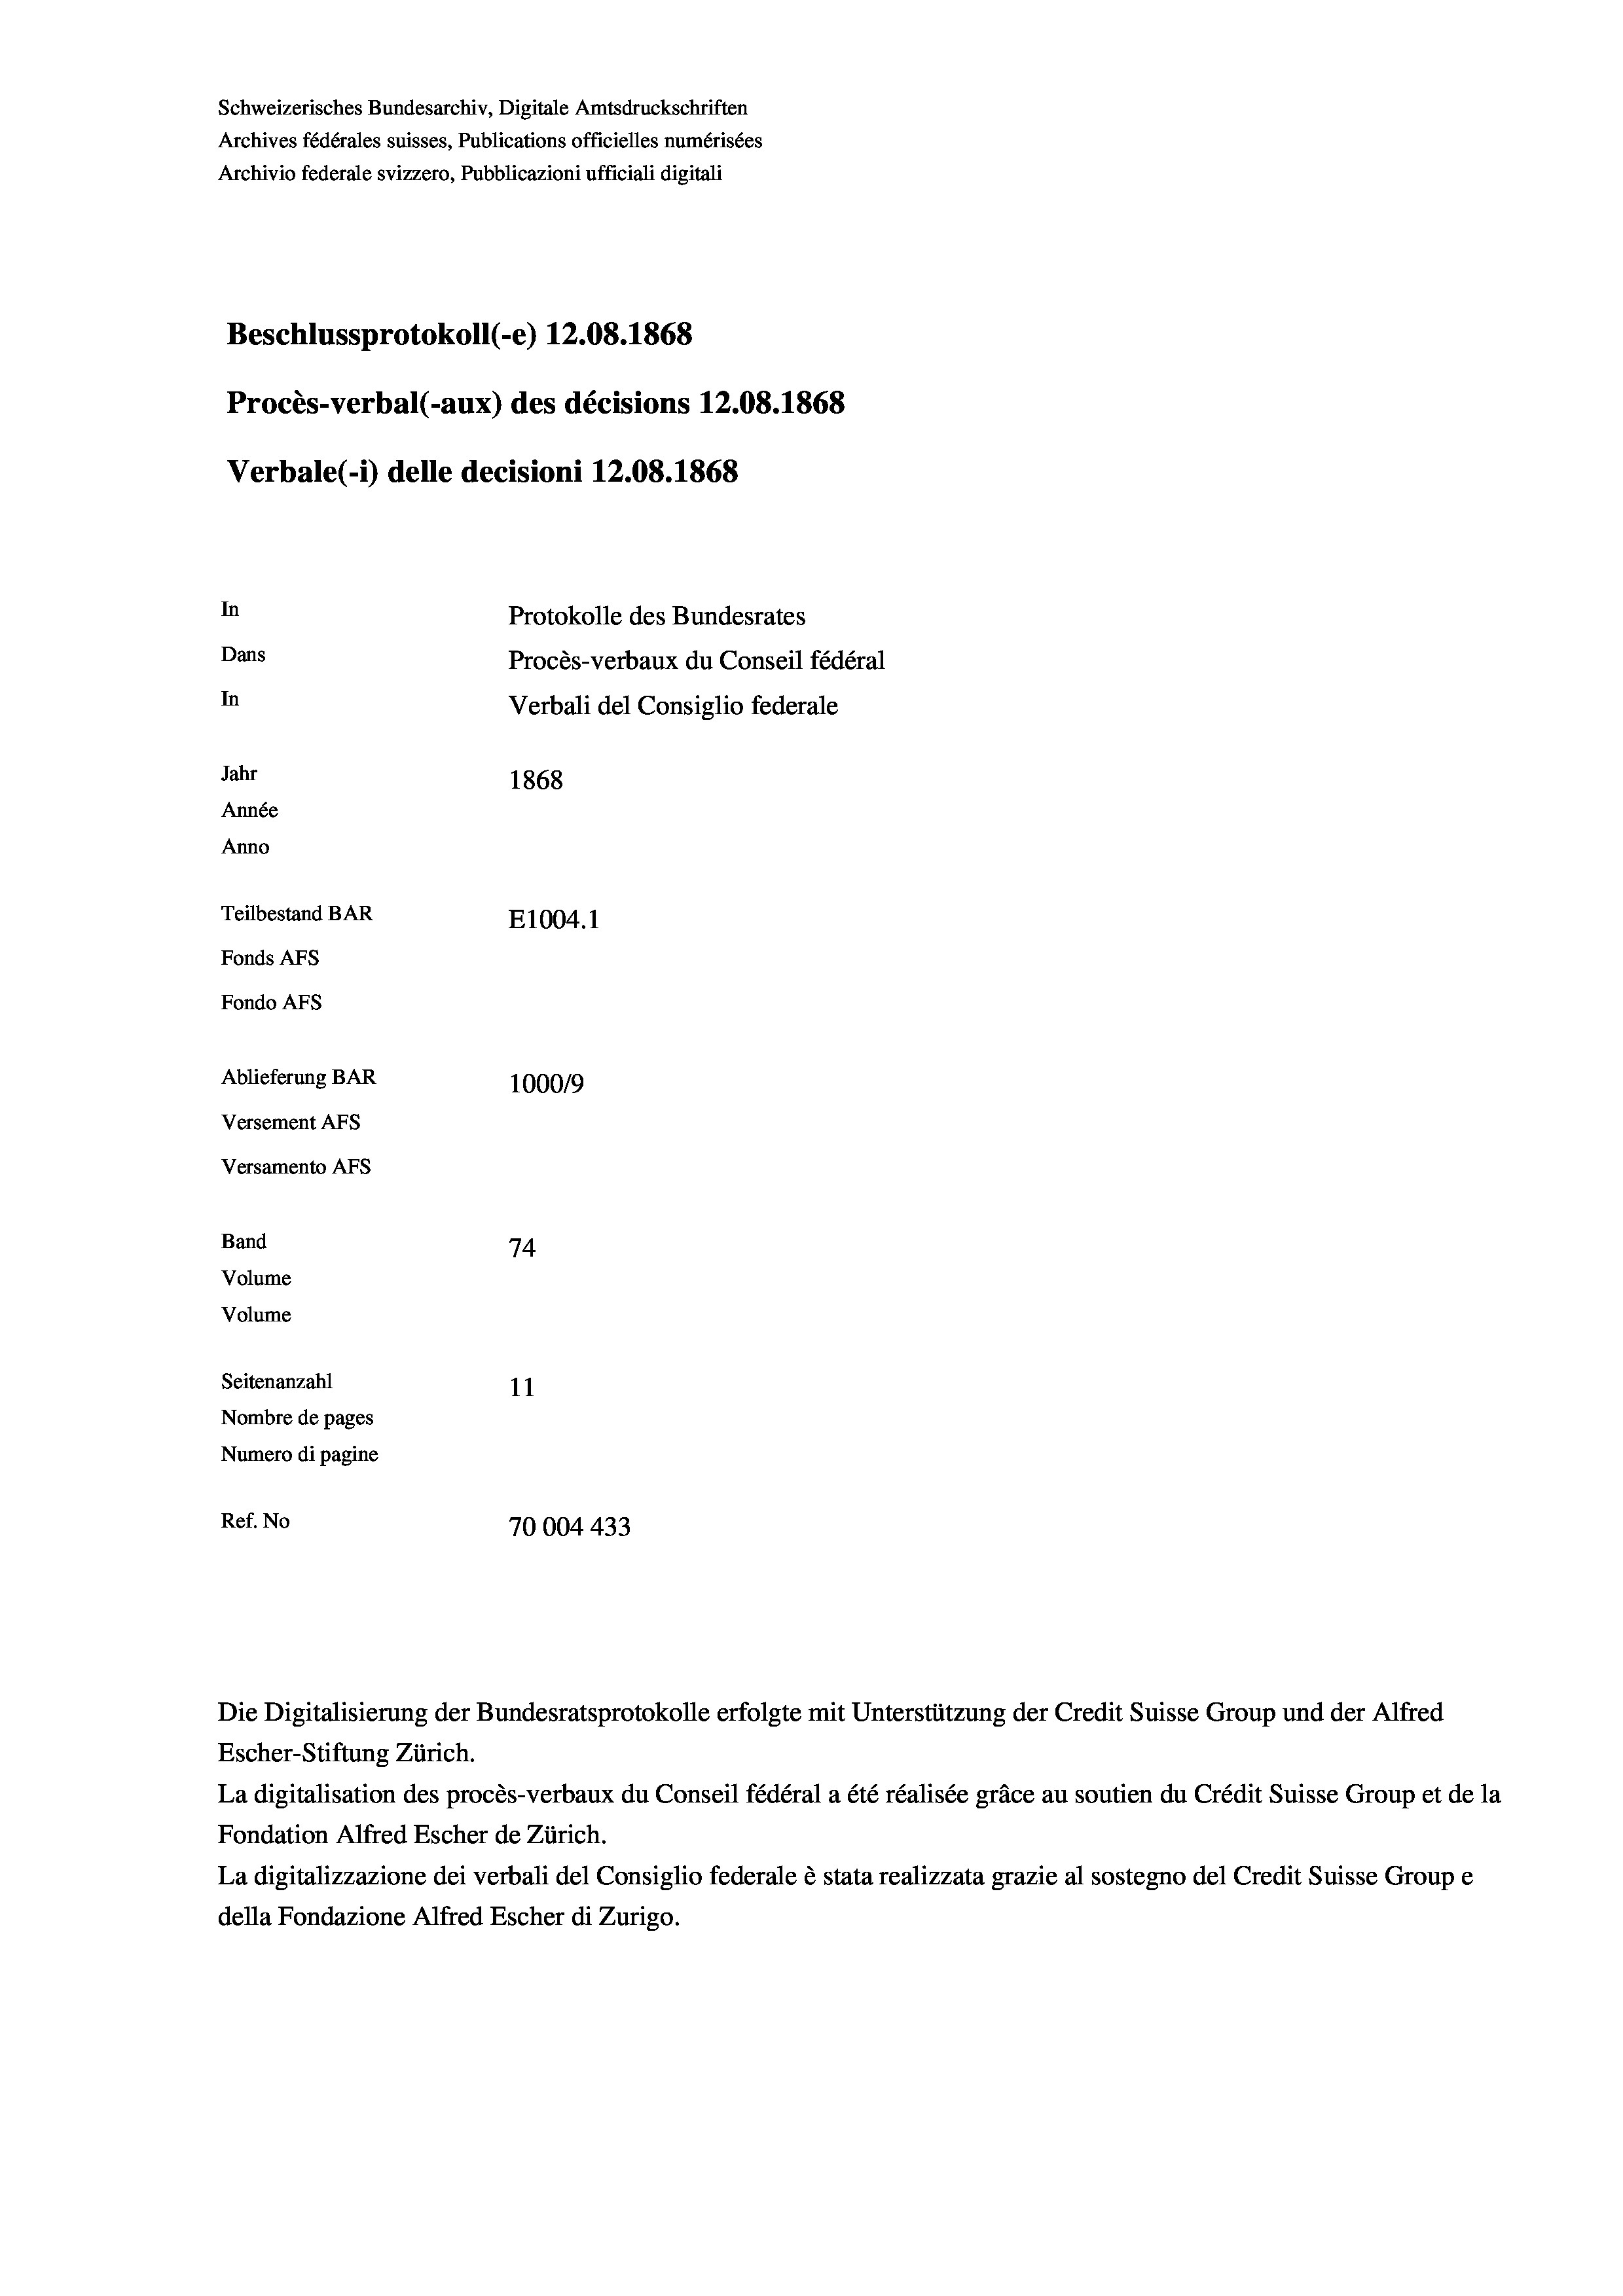
Schweizerisches Bundesarchiv, Digitale Amtsdruckschriften
Archives fédérales suisses, Publications officielles numérisées
Archivio federale svizzero, Pubblicazioni ufficiali digitali
Beschlussprotokoll (-e) 12.08. 1868
Procès-verbal (-aux) des décisions 12.08. 1868
Verbale (i) delle decisioni 12.08. 1868
In
Protokolle des Bundesrates
Dans
Procès-verbaux du Conseil fédéral
In
Verbali del Consiglio federale
Jahr
1868
Année
Anno
Teilbestand BAR
E1004. 1
Fonds Afs
Fondo AFs
Ablieferung BAR
1000/9
Versement Abs
Versamento Afs
Band
74.

Seitenanzahl
11
Nombre de pages
Numero di pagine
Ref. No
70004433

Volume
Volume

Die Digitalisierung der Bundesratsprotokolle erfolgte mit Unterstützung der Credit Suisse Group und der Alfred
Escher-Stiftung Zürich.
La digitalisation des procès-verbaux du Conseil fédéral a été réalisée gräce au soutien du Crédit Suisse Group et de la
Fondation Alfred Escher de Zürich.
La digitalizzazione dei verbali del Consiglio federale è stata realizzata grazie al sostegno del Credit Suisse Groupe
della Fondazione Alfred Escher di Zurigo.